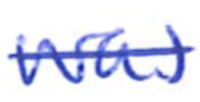
Text: was
Cross-out: single-line
Writing tool: ballpoint